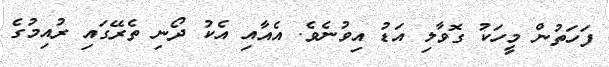
ފަހަތުން މީހަކު ގޮވާލި އަޑު އިވުނެވެ. އެއާއި އެކު ދޯނި ތެރޭގައި ރުއިމުގެ